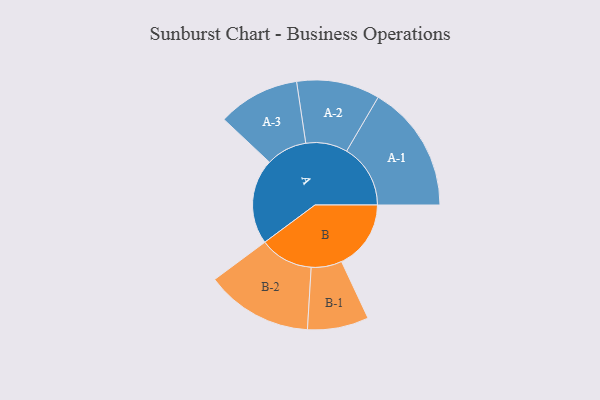
{"axis": {"x": "Segment", "y": "Value"}, "legend": ["", "A", "B"], "data": [{"x": "A", "y": 396, "type": ""}, {"x": "B", "y": 322, "type": ""}, {"x": "A-1", "y": 296, "type": "A"}, {"x": "A-2", "y": 193, "type": "A"}, {"x": "A-3", "y": 190, "type": "A"}, {"x": "B-1", "y": 142, "type": "B"}, {"x": "B-2", "y": 248, "type": "B"}]}